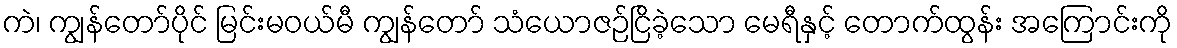
ကဲ၊ ကျွန်တော်ပိုင် မြင်းမဝယ်မီ ကျွန်တော် သံယောဇဉ်ငြိခဲ့သော မေရီနှင့် တောက်ထွန်း အကြောင်းကို